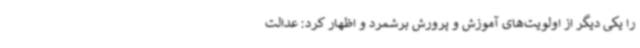
را یکی دیگر از اولویت‌های آموزش و پرورش برشمرد و اظهار کرد: عدالت